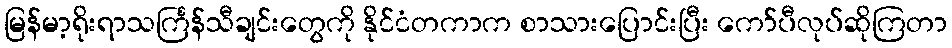
မြန်မာ့ရိုးရာသင်္ကြန်သီချင်းတွေကို နိုင်ငံတကာက စာသားပြောင်းပြီး ကော်ပီလုပ်ဆိုကြတာ